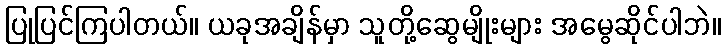
ပြုပြင်ကြပါတယ်။ ယခုအချိန်မှာ သူတို့ဆွေမျိုးများ အမွေဆိုင်ပါဘဲ။